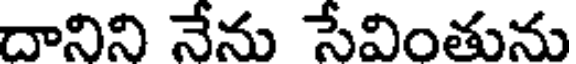
దానిని నేను సేవింతును